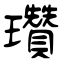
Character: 瓚